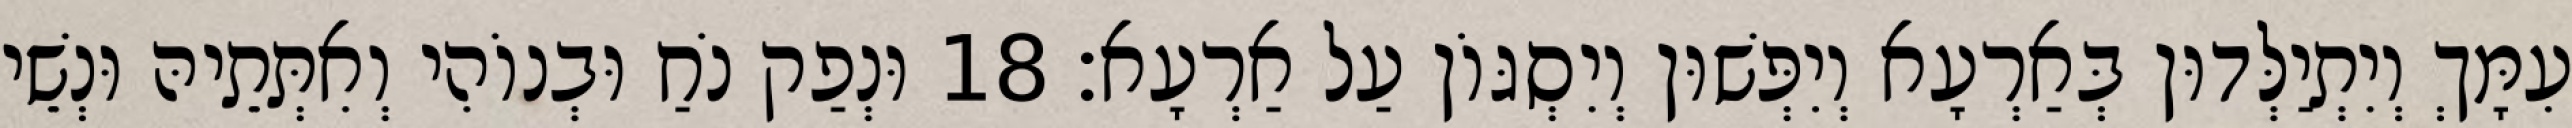
עִמָּךְ וְיִתְיַלְּדוּן בְּאַרְעָא וְיִפְּשׁוּן וְיִסְגּוֹן עַל אַרְעָא׃ 18 וּנְפַק נֹחַ וּבְנוֹהִי וְאִתְּתֵיהּ וּנְשֵׁי